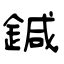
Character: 鍼